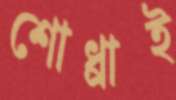
শোধ্‌রাই